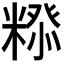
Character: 𮇲